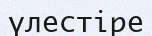
үлестіре